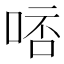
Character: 𠵠